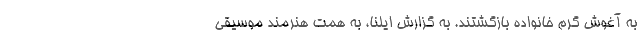
به آغوش گرم خانواده بازگشتند. به گزارش ایلنا، به همت هنرمند موسیقی